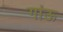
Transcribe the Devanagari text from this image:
गांऊ